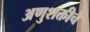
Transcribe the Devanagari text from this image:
अणुशक्तीचे